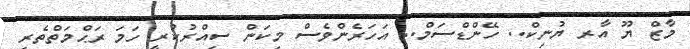
މާޒް ޔޫ އާރ ޔުނިކް.. ހޭންޑްސަމް.. އަހަރެންވެސް މިކަން ސިއްރުކުރީ ހަަމަ ރަޙްމަތްތެރި